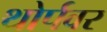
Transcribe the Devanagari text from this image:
थोर्पवर